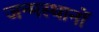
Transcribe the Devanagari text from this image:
जन्मस्थानों